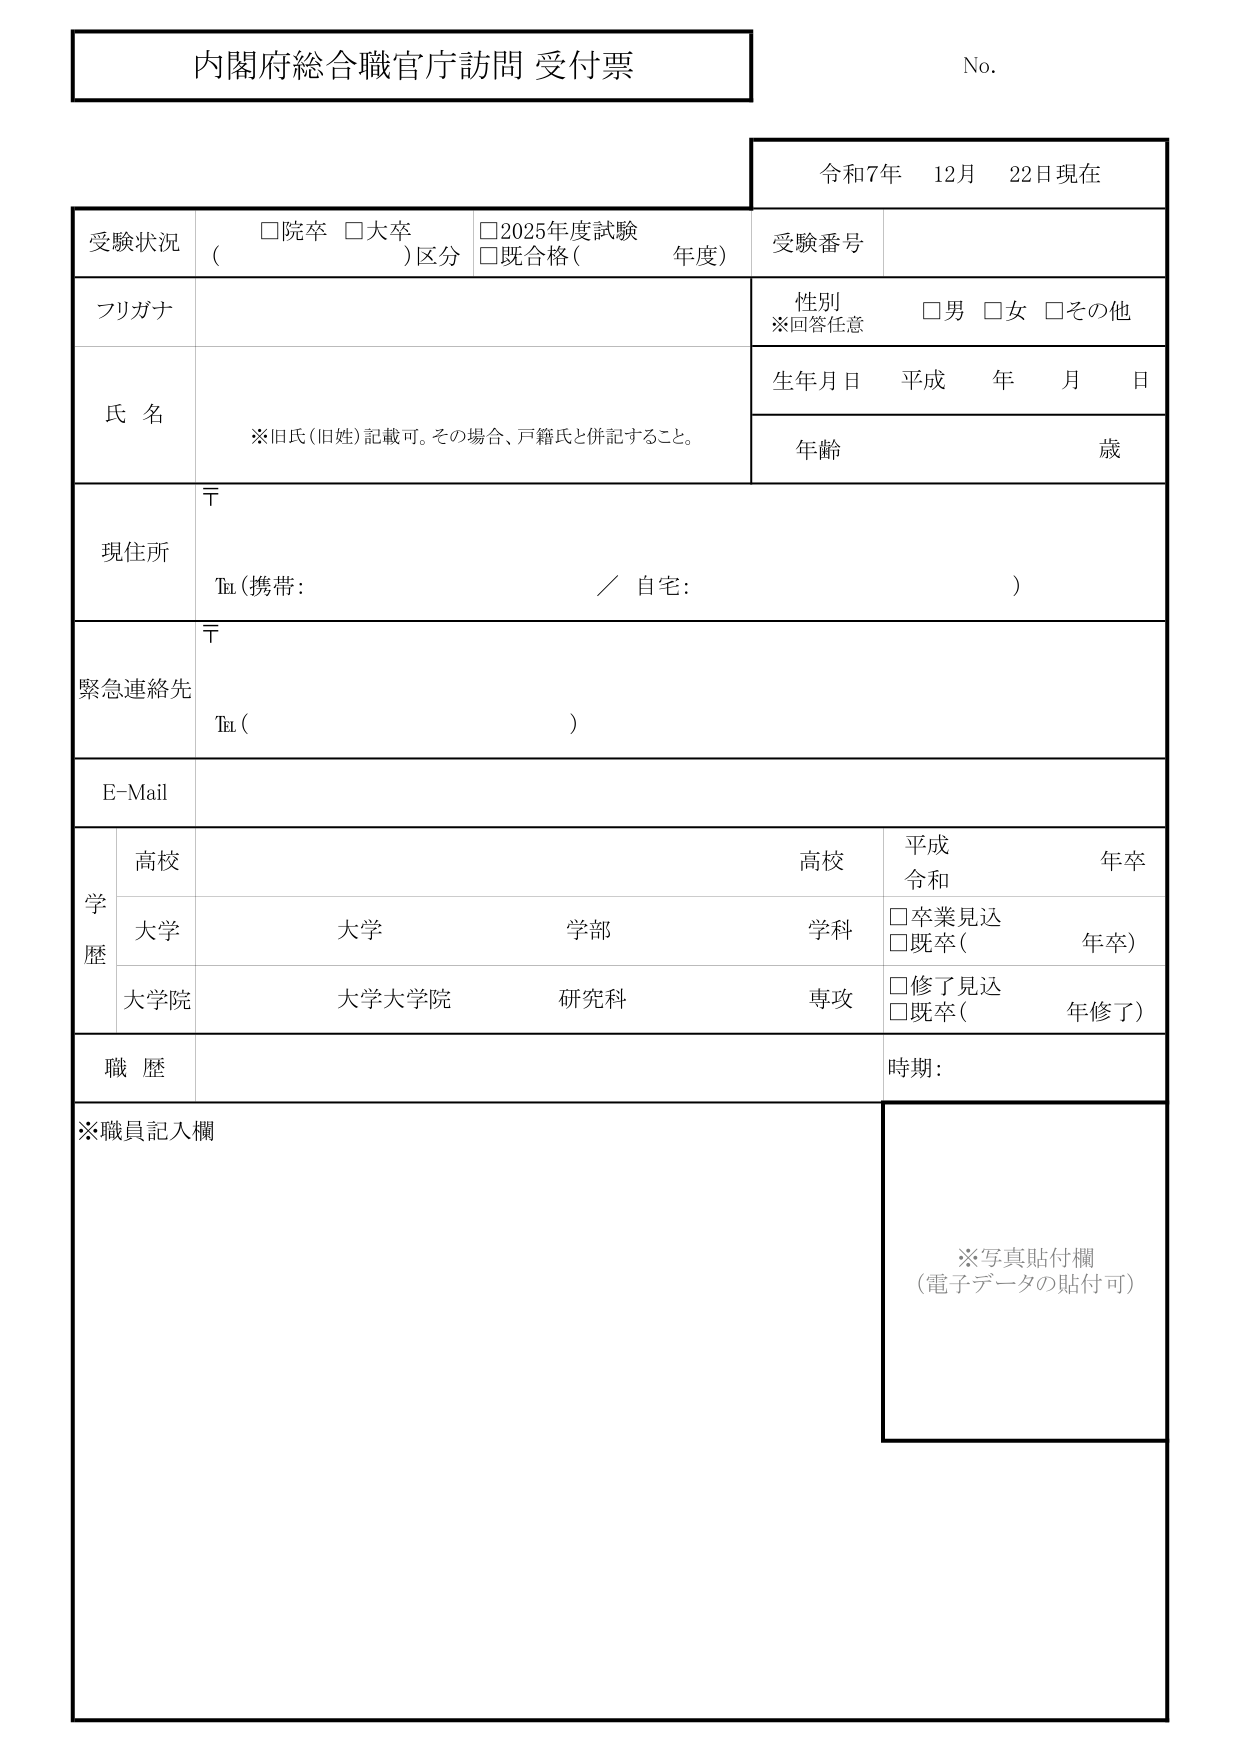
内閣府総合職官庁訪問 受付票

No.

令和7年 12月 22日現在

受験状況
□院卒 □大卒
( )区分
□2025年度試験
□既合格( 年度)

受験番号

フリガナ

氏 名
※旧氏(旧姓)記載可。その場合、戸籍氏と併記すること。

性別
※回答任意
□男 □女 □その他

生年月日 平成 年 月 日

年齢 歳

現住所
〒
Tel (携帯: ／ 自宅: )

緊急連絡先
〒
Tel ( )

E-Mail

学歴
高校
高校
平成
令和
年卒

大学
大学
学部
学科
□卒業見込
□既卒( 年卒)

大学院
大学大学院
研究科
専攻
□修了見込
□既卒( 年修了)

職歴
時期:

※職員記入欄

※写真貼付欄
(電子データの貼付可)